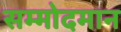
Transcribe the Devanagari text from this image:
सम्मोदमान